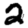
Digit: 2